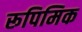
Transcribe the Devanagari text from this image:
रूपिमिक